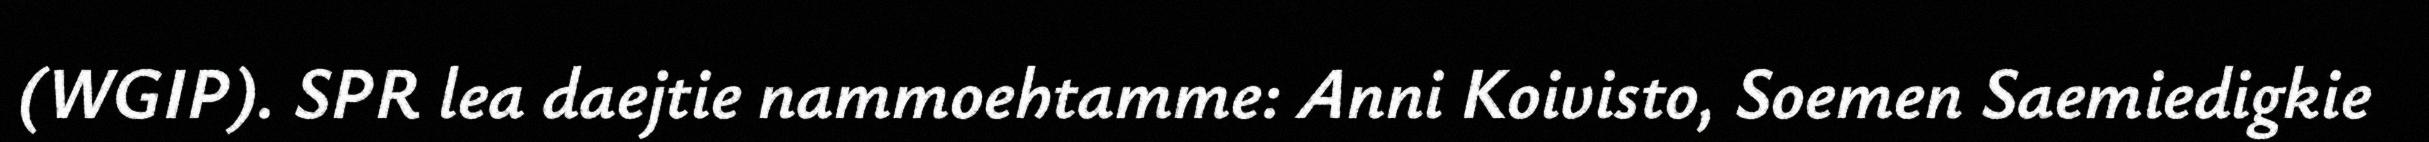
(WGIP). SPR lea daejtie nammoehtamme: Anni Koivisto, Soemen Saemiedigkie